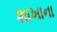
શાખાના